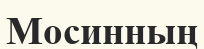
Мосинның